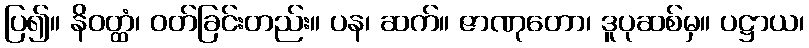
ပြ၍။ နိဝတ္ထံ၊ ဝတ်ခြင်းတည်း။ ပန၊ ဆက်။ ဇာဏုတော၊ ဒူပုဆစ်မှ။ ပဋ္ဌာယ၊